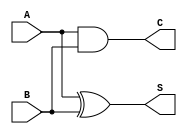
module HalfAdder (
    input wire A,    // First input bit
    input wire B,    // Second input bit
    output wire S,   // Sum output
    output wire C    // Carry output
);

// Logic for Sum and Carry
assign S = A ^ B;  // Sum is A XOR B
assign C = A & B;  // Carry is A AND B

endmodule